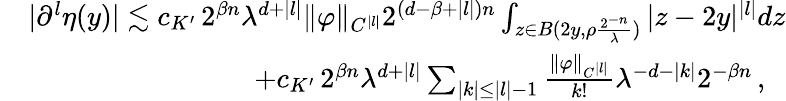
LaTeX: \begin{array}{rl}&{|\partial^{l}\eta(y)|\lesssim c_{K^{\prime}}\, 2^{\beta n}\lambda^{d+|l|}\| \varphi\| _{C^{|l|}}2^{(d-\beta+|l|)n}\int_{z\in B(2y,\rho\frac{2^{-n}}{\lambda})}|z-2y|^{|l|}dz}\\ &{\qquad\qquad\qquad\qquad+c_{K^{\prime}}\, 2^{\beta n}\lambda^{d+|l|}\sum_{|k|\leq|l|-1}\frac{\| \varphi\| _{C^{|l|}}}{k!}\lambda^{-d-|k|}2^{-\beta n}\, ,}\end{array}